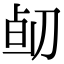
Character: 𠝅